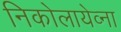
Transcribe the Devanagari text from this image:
निकोलायेव्ना